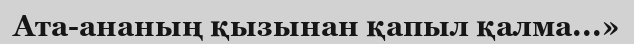
Ата-ананың қызынан қапыл қалма...»